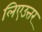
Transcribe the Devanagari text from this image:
लिएउत्तर